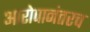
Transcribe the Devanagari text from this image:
आरोपानंतरच